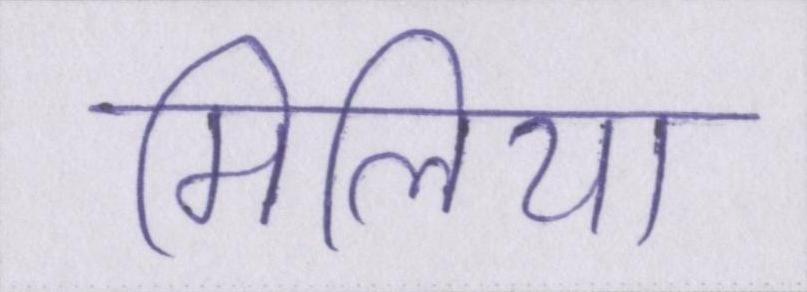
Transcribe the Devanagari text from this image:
मिलिया